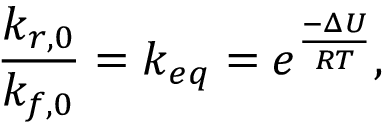
\frac { k _ { r , 0 } } { k _ { f , 0 } } = k _ { e q } = e ^ { \frac { - \Delta U } { R T } } ,